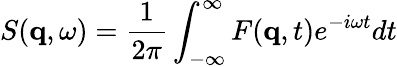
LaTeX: S(\mathbf{q},\omega)=\frac{1}{2\pi}\int_{-\infty}^{\infty}F(\mathbf{q},t)e^{-i\omega t}dt